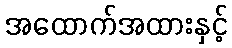
အထောက်အထားနှင့်